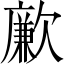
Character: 𣤤